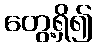
တွေ့ရှိ၍